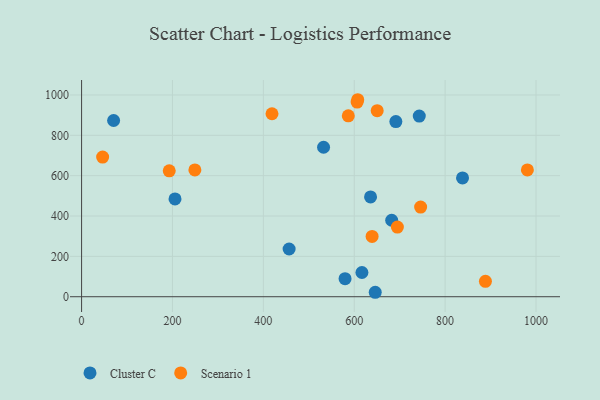
{"axis": {"x": "Investment", "y": "Demand"}, "legend": ["Cluster C", "Scenario 1"], "data": [{"x": "646.2", "y": 22.1, "type": "Cluster C"}, {"x": "532.5", "y": 740.8, "type": "Cluster C"}, {"x": "691.6", "y": 868.1, "type": "Cluster C"}, {"x": "205.6", "y": 484.7, "type": "Cluster C"}, {"x": "838.3", "y": 588.9, "type": "Cluster C"}, {"x": "682.4", "y": 379.0, "type": "Cluster C"}, {"x": "635.9", "y": 494.7, "type": "Cluster C"}, {"x": "579.8", "y": 89.4, "type": "Cluster C"}, {"x": "456.7", "y": 236.6, "type": "Cluster C"}, {"x": "70.5", "y": 873.4, "type": "Cluster C"}, {"x": "616.9", "y": 120.2, "type": "Cluster C"}, {"x": "743.1", "y": 895.3, "type": "Cluster C"}, {"x": "888.7", "y": 76.6, "type": "Scenario 1"}, {"x": "419.0", "y": 906.8, "type": "Scenario 1"}, {"x": "746.1", "y": 444.3, "type": "Scenario 1"}, {"x": "639.3", "y": 298.9, "type": "Scenario 1"}, {"x": "607.7", "y": 976.4, "type": "Scenario 1"}, {"x": "249.3", "y": 628.6, "type": "Scenario 1"}, {"x": "606.4", "y": 964.7, "type": "Scenario 1"}, {"x": "981.0", "y": 628.4, "type": "Scenario 1"}, {"x": "586.9", "y": 896.5, "type": "Scenario 1"}, {"x": "650.5", "y": 922.1, "type": "Scenario 1"}, {"x": "46.3", "y": 692.2, "type": "Scenario 1"}, {"x": "694.9", "y": 345.0, "type": "Scenario 1"}, {"x": "192.9", "y": 624.0, "type": "Scenario 1"}]}